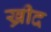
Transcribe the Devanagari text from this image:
ख्रीद